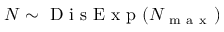
N \sim \mathrm { ~ D ~ i ~ s ~ E ~ x ~ p ~ } ( N _ { \mathrm { ~ m ~ a ~ x ~ } } )